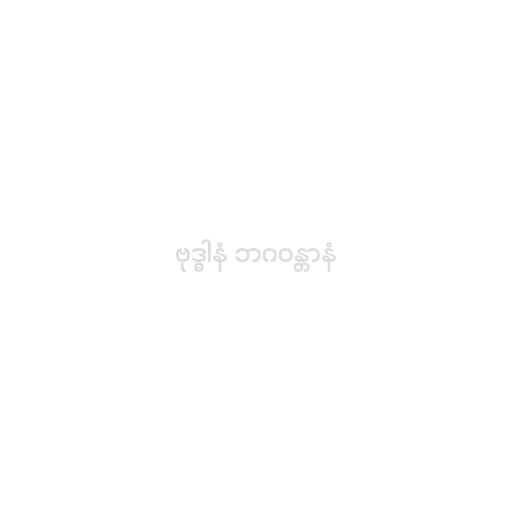
ဗုဒ္ဓါနံ ဘဂဝန္တာနံ